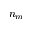
n _ { m }